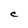
Character: C